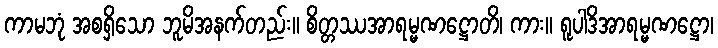
ကာမဘုံ အစရှိသော ဘူမိအနက်တည်း။ စိတ္တဿအာရမ္မဏဋ္ဌောတိ၊ ကား။ ရူပါဒိအာရမ္မဏဋ္ဌော၊